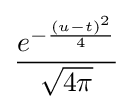
{\frac {e^{-{\frac {(u-t)^{2}}{4}}}}{\sqrt {4\pi }}}